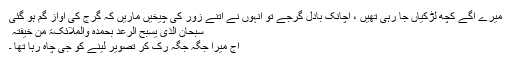
میرے آگے کچھ لڑکیاں جا رہی تھیں ، اچانک بادل گرجے تو انہوں نے اتنے زور کی چیخیں ماریں کہ گرج کی آواز گم ہو گئی
سبحان الذی یسبح الرعد بحمدہ والملائکۃ من خیفتہ ​
آج میرا جگہ جگہ رک کر تصویر لینے کو جی چاہ رہا تھا ۔